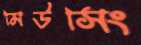
মিউসিং